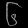
Digit: ၆